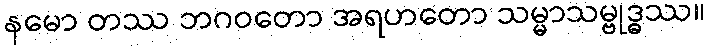
နမော တဿ ဘဂဝတော အရဟတော သမ္မာသမ္ဗုဒ္ဓဿ။